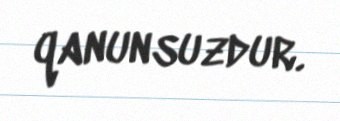
qanunsuzdur.